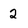
Character: 2